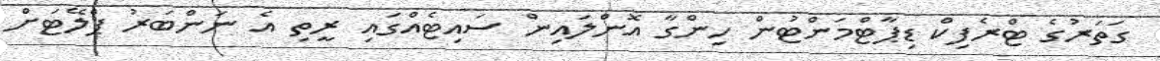
ގަތަރުގެ ޓްރެފިކް ޑިޕާޓްމަންޓުން ހިންގާ އޮންލައިން ސައިޓެއްގައި ރީތި އެ ނަންބަރު ޕްލޭޓަށް